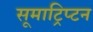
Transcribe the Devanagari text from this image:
सूमाट्रिप्टन